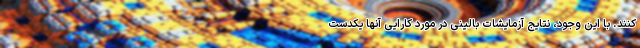
کنند. با این وجود، نتایج آزمایشات بالینی در مورد کارایی آنها یکدست